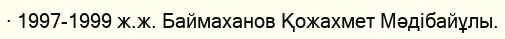
· 1997-1999 ж.ж. Баймаханов Қожахмет Мәдібайұлы.